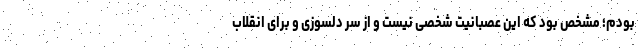
بودم؛ مشخص بود که این عصبانیت شخصی نیست و از سر دلسوزی و برای انقلاب